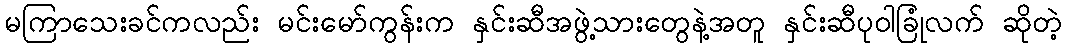
မကြာသေးခင်ကလည်း မင်းမော်ကွန်းက နှင်းဆီအဖွဲ့သားတွေနဲ့အတူ နှင်းဆီပုဝါခြုံလက် ဆိုတဲ့